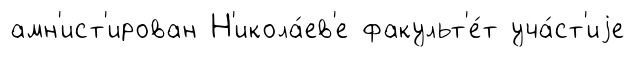
амн'ист'ирован Н'икола́ев'е факульт'е́т уча́ст'иjе